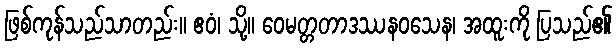
ဖြစ်ကုန်သည်သာတည်း။ ဧဝံ၊ သို့။ ဝေမတ္တတာဒဿနဝသေန၊ အထူးကို ပြသည်၏